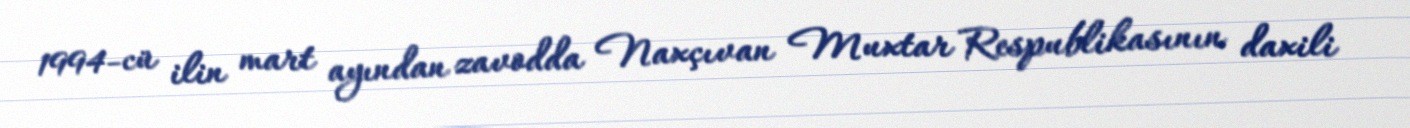
1994-cü ilin mart ayından zavodda Naxçıvan Muxtar Respublikasının daxili